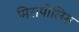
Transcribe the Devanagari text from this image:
मिरापोलिस